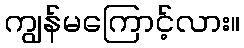
ကျွန်မကြောင့်လား။